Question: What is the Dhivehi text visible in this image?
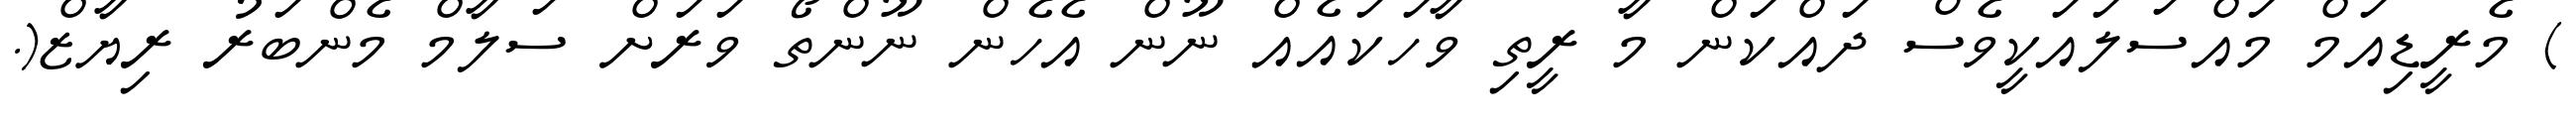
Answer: ) މެރީޑިއަމް މައްސަލައަކީވެސް ދައްކަން މާ ރީތި ވާހަކައެއް ނޫން އެހެން ނޫންތޯ ވަރަށް ސަލާމް މެންބަރު ރިޔާޒް(.